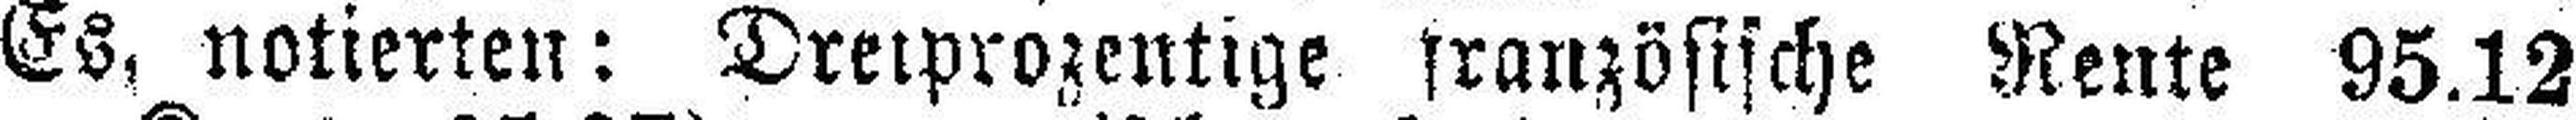
Es, notierten: Dreiprozentige französische Rente 95.12